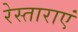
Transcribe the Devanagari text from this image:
रेस्ताराएं